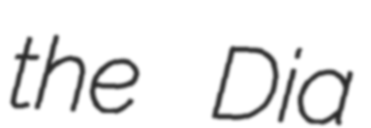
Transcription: the Dia